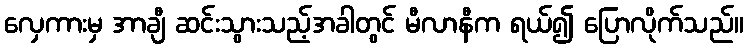
လှေကားမှ အာချီ ဆင်းသွားသည့်အခါတွင် မီလာနီက ရယ်၍ ပြောလိုက်သည်။